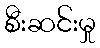
စီးဆင်းမှု